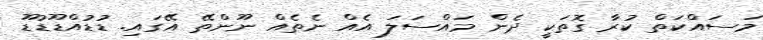
މަސައްކަތް ކުރާ ގޮތަކީ ދެން މައްސަލަ އެއް ނެތެއް ނޫންތޭ އޭގައި. ޑުޑުއްޑޫޑުޑޫ